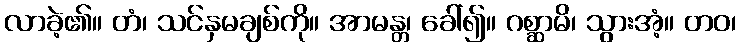
လာခဲ့၏။ တံ၊ သင်နှမချစ်ကို။ အာမန္တ၊ ခေါ်၍။ ဂစ္ဆာမိ၊ သွားအံ့။ တဝ၊